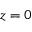
z = 0